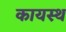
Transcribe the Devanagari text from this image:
कायस्‍थ